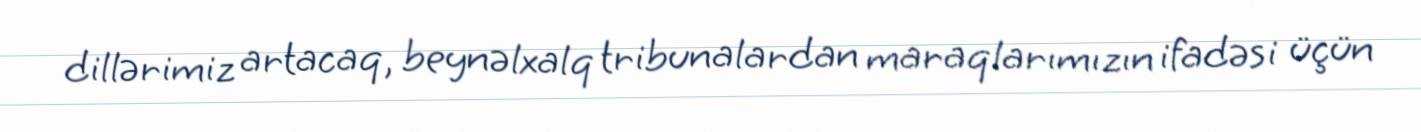
dillərimiz artacaq, beynəlxalq tribunalardan maraqlarımızın ifadəsi üçün